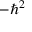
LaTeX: - \hbar ^ { 2 }